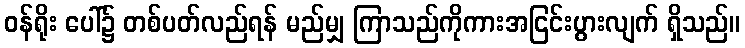
ဝန်ရိုး ပေါ်၌ တစ်ပတ်လည်ရန် မည်မျှ ကြာသည်ကိုကားအငြင်းပွားလျက် ရှိသည်။